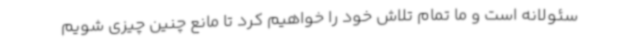
سئولانه است و ما تمام تلاش خود را خواهیم کرد تا مانع چنین چیزی شویم